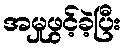
အမှုဖွင့်ခဲ့ပြီး